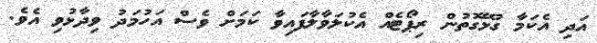
އަދި އެކަމާ ގުޅޭގޮތުން ރިޕޯޓެއް އެކުލަވާލާފައިވާ ކަމަށް ވެސް އަހުމަދު ވިދާޅުވި އެވެ.